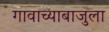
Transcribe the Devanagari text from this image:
गावाच्याबाजुला